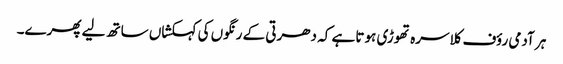
ہر آدمی رؤف کلاسرہ تھوڑی ہوتا ہے کہ دھرتی کے رنگوں کی کہکشاں ساتھ لیے پھرے۔